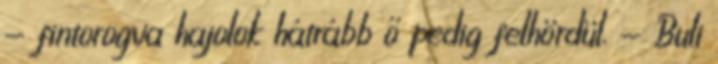
- fintorogva hajolok hátrább ő pedig felhördül. - Buli